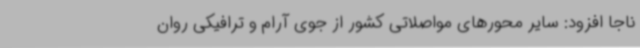
ناجا افزود: سایر محورهای مواصلاتی کشور از جوی آرام و ترافیکی روان